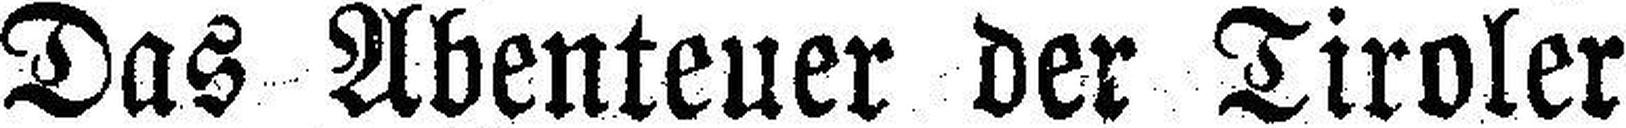
Das Abenteuer der Tiroler